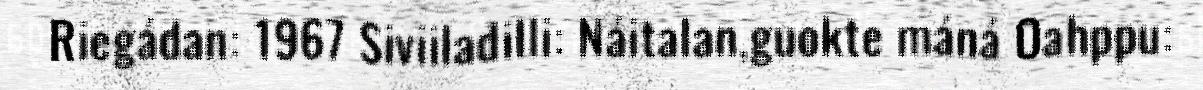
Riegádan: 1967 Siviiladilli: Náitalan,guokte máná Oahppu: